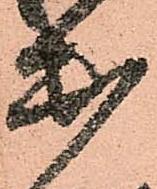
出